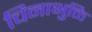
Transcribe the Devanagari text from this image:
चिनाभुक्ति